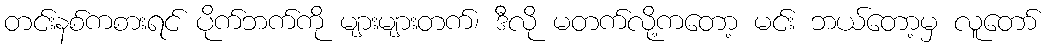
တင်းနစ်ကစားရင် ပိုက်ဘက်ကို များများတက်၊ ဒီလို မတက်လို့ကတော့ မင်း ဘယ်တော့မှ လူတော်